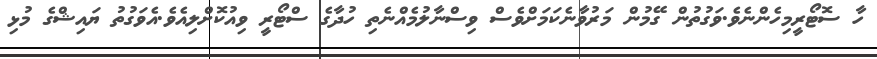
ހާ ސޮޓޯރީމިހެންނެވެ.ވަގުތުން ގޭމުން މަރުވާނެކަމަށްވެސް ވިސްނާލުމެއްނެތި ހުދާގެ ސްޓޯރީ ވިއުކޮށްލިއެވެ.އެވަގުތު ޔައިޝްގެ މުޅި